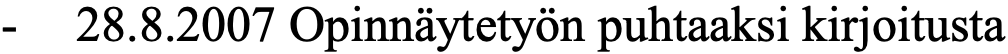
-  28.8.2007 Opinnäytetyön puhtaaksi kirjoitusta